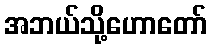
အဘယ်သို့ဟောတော်